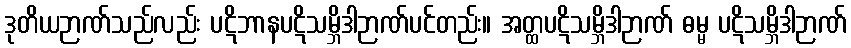
ဒုတိယဉာဏ်သည်လည်း ပဋိဘာနပဋိသမ္ဘိဒါဉာဏ်ပင်တည်း။ အတ္ထပဋိသမ္ဘိဒါဉာဏ် ဓမ္မ ပဋိသမ္ဘိဒါဉာဏ်